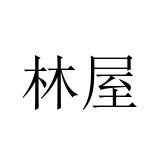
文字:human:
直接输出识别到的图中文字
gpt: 林屋